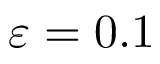
\varepsilon = 0 . 1